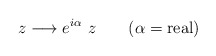
\begin{align*}z \longrightarrow e^{i \alpha}~z~~~~~~(\alpha = {\rm real})\end{align*}